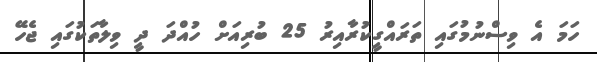
ހަމަ އެ ވިސްނުމުގައި ތަރައްގީކުރާއިރު 25 ބުރިއަށް ހުއްދަ ދީ ވިލާތަކުގައި ޖެހޭ